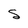
Character: S